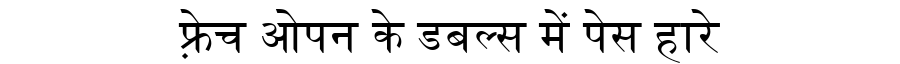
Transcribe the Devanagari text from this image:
फ़्रेच ओपन के डबल्स में पेस हारे